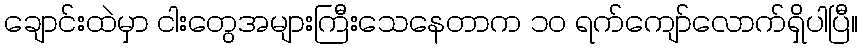
ချောင်းထဲမှာ ငါးတွေအများကြီးသေနေတာက ၁၀ ရက်ကျော်လောက်ရှိပါပြီ။